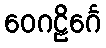
ဝေဂဠိင်္ဂေ